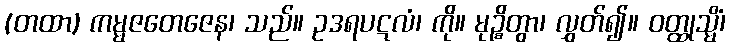
(တထာ) ကမ္မဇတေဇေန၊ သည်။ ဥဒရပဋလံ၊ ကို။ မုဉ္စိတွာ၊ လွှတ်၍။ ဝတ္ထုသ္မိံ၊